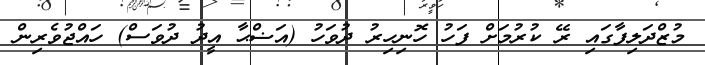
މުޒްދަލިފާގައި ރޭ ކުރުމަށް ފަހު ހޮނިހިރު ދުވަހު (އަޟްޙާ އީދު ދުވަސް) ހައްޖުވެރިން